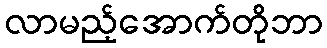
လာမည့်အောက်တိုဘာ